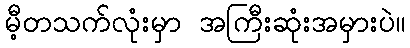
မီ့တသက်လုံးမှာ အကြီးဆုံးအမှားပဲ။